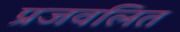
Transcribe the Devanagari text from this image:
प्रजवलित